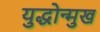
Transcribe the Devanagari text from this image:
युद्धोन्मुख